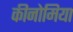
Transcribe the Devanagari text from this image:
कीनोमिया